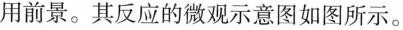
用前景。其反应的微观示意图如图所示。